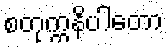
စတုက္ကနိပါတော